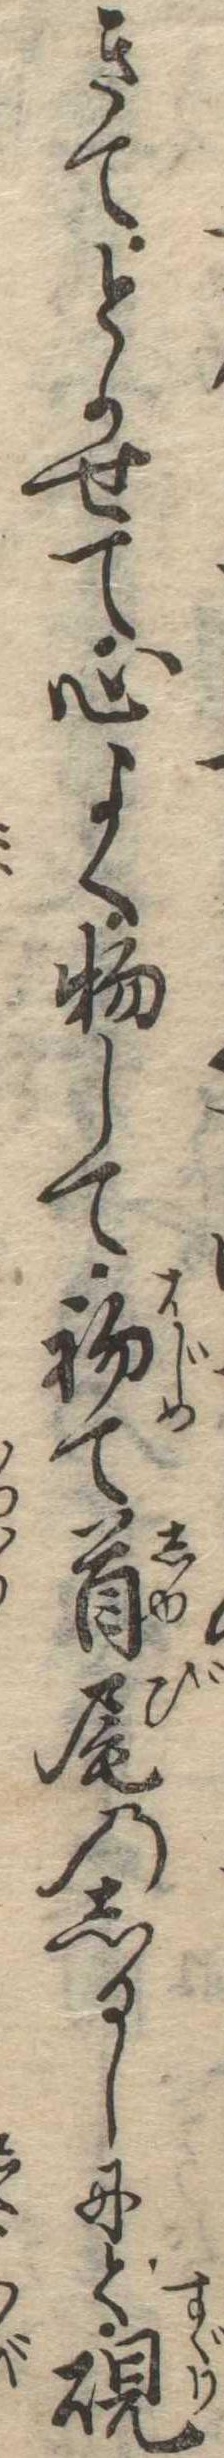
きてとかせて心よく物して初て首尾のしるしにと硯